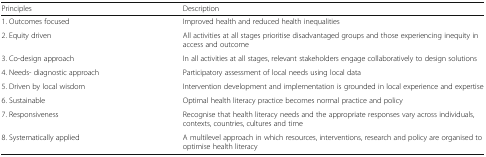
<table><thead><tr><td><b>Principles</b></td><td><b>Description</b></td></tr></thead><tbody><tr><td>1. Outcomes focused</td><td>Improved health and reduced health inequalities</td></tr><tr><td>2. Equity driven</td><td>All activities at all stages prioritise disadvantaged groups and those experiencing inequity in access and outcome</td></tr><tr><td>3. Co-design approach</td><td>In all activities at all stages, relevant stakeholders engage collaboratively to design solutions</td></tr><tr><td>4. Needs- diagnostic approach</td><td>Participatory assessment of local needs using local data</td></tr><tr><td>5. Driven by local wisdom</td><td>Intervention development and implementation is grounded in local experience and expertise</td></tr><tr><td>6. Sustainable</td><td>Optimal health literacy practice becomes normal practice and policy</td></tr><tr><td>7. Responsiveness</td><td>Recognise that health literacy needs and the appropriate responses vary across individuals, contexts, countries, cultures and time</td></tr><tr><td>8. Systematically applied</td><td>A multilevel approach in which resources, interventions, research and policy are organised to optimise health literacy</td></tr></tbody></table>